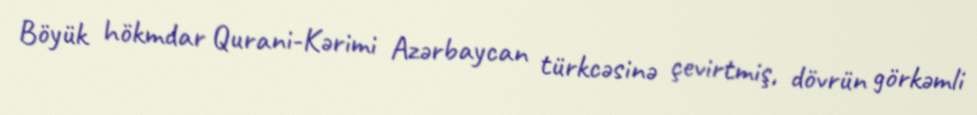
Böyük hökmdar Qurani-Kərimi Azərbaycan türkcəsinə çevirtmiş, dövrün görkəmli